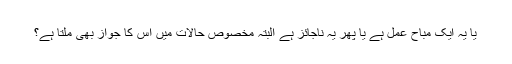
یا یہ ایک مباح عمل ہے یا پھر یہ ناجائز ہے البتہ مخصوص حالات میں اس کا جواز بھی ملتا ہے؟